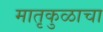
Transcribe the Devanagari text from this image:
मातृकुळाचा